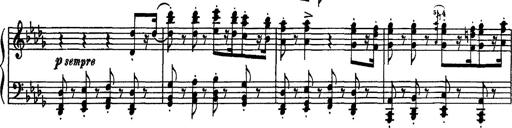
Title: Fantaisie sur des motifs favoris de l'opÃ©ra 'La sonnambula'
Composer: Franz Liszt